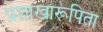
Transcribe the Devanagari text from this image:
प्रशाखारूपिता